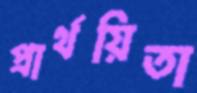
প্রার্থয়িতা